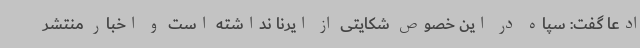
ادعا گفت: سپاه در این خصوص شکایتی از ایرنا نداشته است و اخبار منتشر